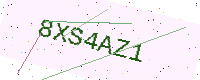
Text: 8XS4AZ1